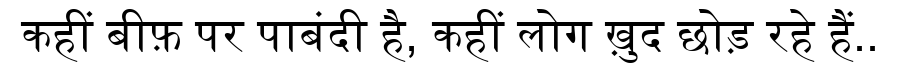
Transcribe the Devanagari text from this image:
कहीं बीफ़ पर पाबंदी है, कहीं लोग ख़ुद छोड़ रहे हैं..